Source: Handwritten
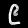
Digit: ၉ (9)